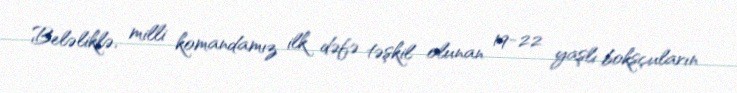
Beləliklə, milli komandamız ilk dəfə təşkil olunan 19-22 yaşlı boksçuların